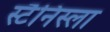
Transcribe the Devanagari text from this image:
स्टैनिस्ला